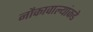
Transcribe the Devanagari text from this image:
नौकावाल्यांकडे